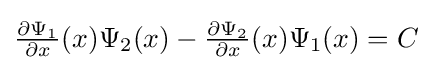
{\textstyle {\frac {\partial \Psi _{1}}{\partial x}}(x)\Psi _{2}(x)-{\frac {\partial \Psi _{2}}{\partial x}}(x)\Psi _{1}(x)=C}